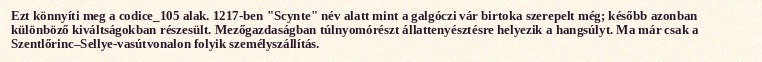
Ezt könnyíti meg a codice_105 alak. 1217-ben "Scynte" név alatt mint a galgóczi vár birtoka szerepelt még; később azonban különböző kiváltságokban részesült. Mezőgazdaságban túlnyomórészt állattenyésztésre helyezik a hangsúlyt. Ma már csak a Szentlőrinc–Sellye-vasútvonalon folyik személyszállítás.